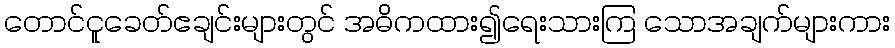
တောင်ငူခေတ်ဧချင်းများတွင် အဓိကထား၍ရေးသားကြ သောအချက်များကား